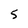
Character: s